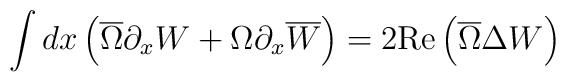
\int dx \left(\overline{\Omega} \partial_x W + \Omega\partial_x \overline{W}\right)= 2\mbox{Re} \left(\overline{\Omega}\Delta W\right)